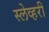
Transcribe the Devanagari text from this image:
स्लेव्हरी